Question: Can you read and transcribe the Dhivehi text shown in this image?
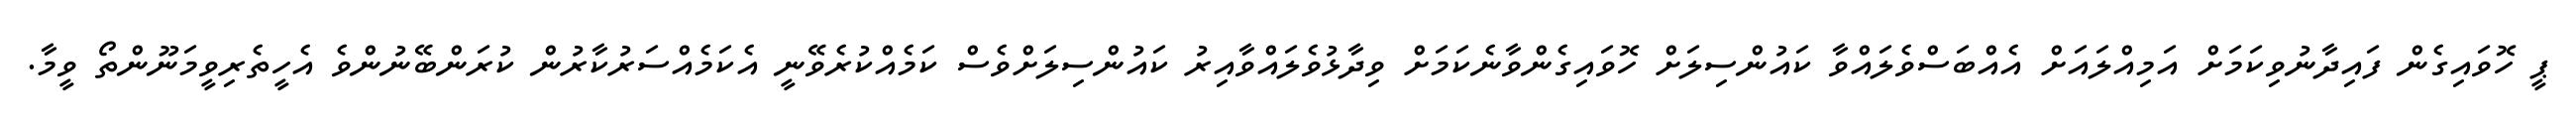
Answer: ޕީ ހޮވައިގެން ފައިދާނުވިކަމަށް އަމިއްލައަށް އެއްބަސްވެލައްވާ ކައުންސިލަށް ހޮވައިގެންވާނެކަމަށް ވިދާޅުވެލައްވާއިރު ކައުންސިލަށްވެސް ކަމެއްކުރެވޭނީ އެކަމެއްސަރުކާރުން ކުރަންބޭނުންވެ އެހީތެރިވީމަނޫންތޯ ވީމާ.